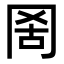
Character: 𦊖